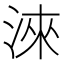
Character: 淶